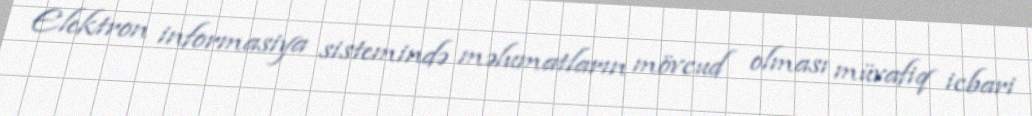
Elektron informasiya sistemində məlumatların mövcud olması müvafiq icbari